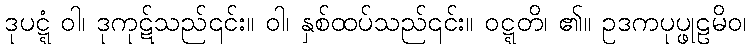
ဒုပဋ္ဋံ ဝါ၊ ဒုကုဋ်သည်၎င်း။ ဝါ၊ နှစ်ထပ်သည်၎င်း။ ဝဋ္ဋတိ၊ ၏။ ဥဒကပုပ္ဖုဠမိဝ၊